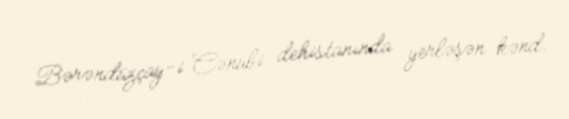
Bərəndüzçay-i Cənubi dehistanında yerləşən kənd.